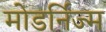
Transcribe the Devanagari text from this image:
मोडर्निज्म